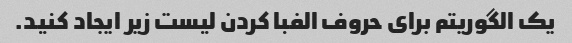
یک الگوریتم برای حروف الفبا کردن لیست زیر ایجاد کنید.